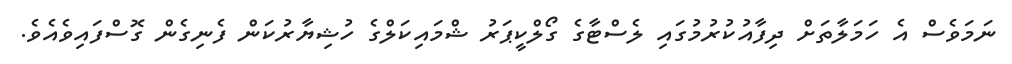
ނަމަވެސް އެ ހަމަލާތަށް ދިފާއުކުރުމުގައި ލެސްޓާގެ ގޯލްކީޕަރު ޝްމައިކަލްގެ ހުޝިޔާރުކަން ފެނިގެން ގޮސްފައިވެއެވެ.